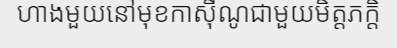
ហាងមួយនៅមុខកាស៊ីណូជាមួយមិត្តភក្តិ